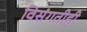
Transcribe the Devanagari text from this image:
विसंगतीही